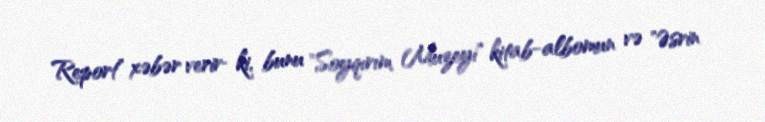
Report" xəbər verir­ ki, bunu "Soyqırım Muzeyi" kitab-albomun və "Əsrin